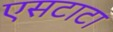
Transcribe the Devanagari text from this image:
एसटाटा